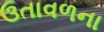
ઉતાવળના